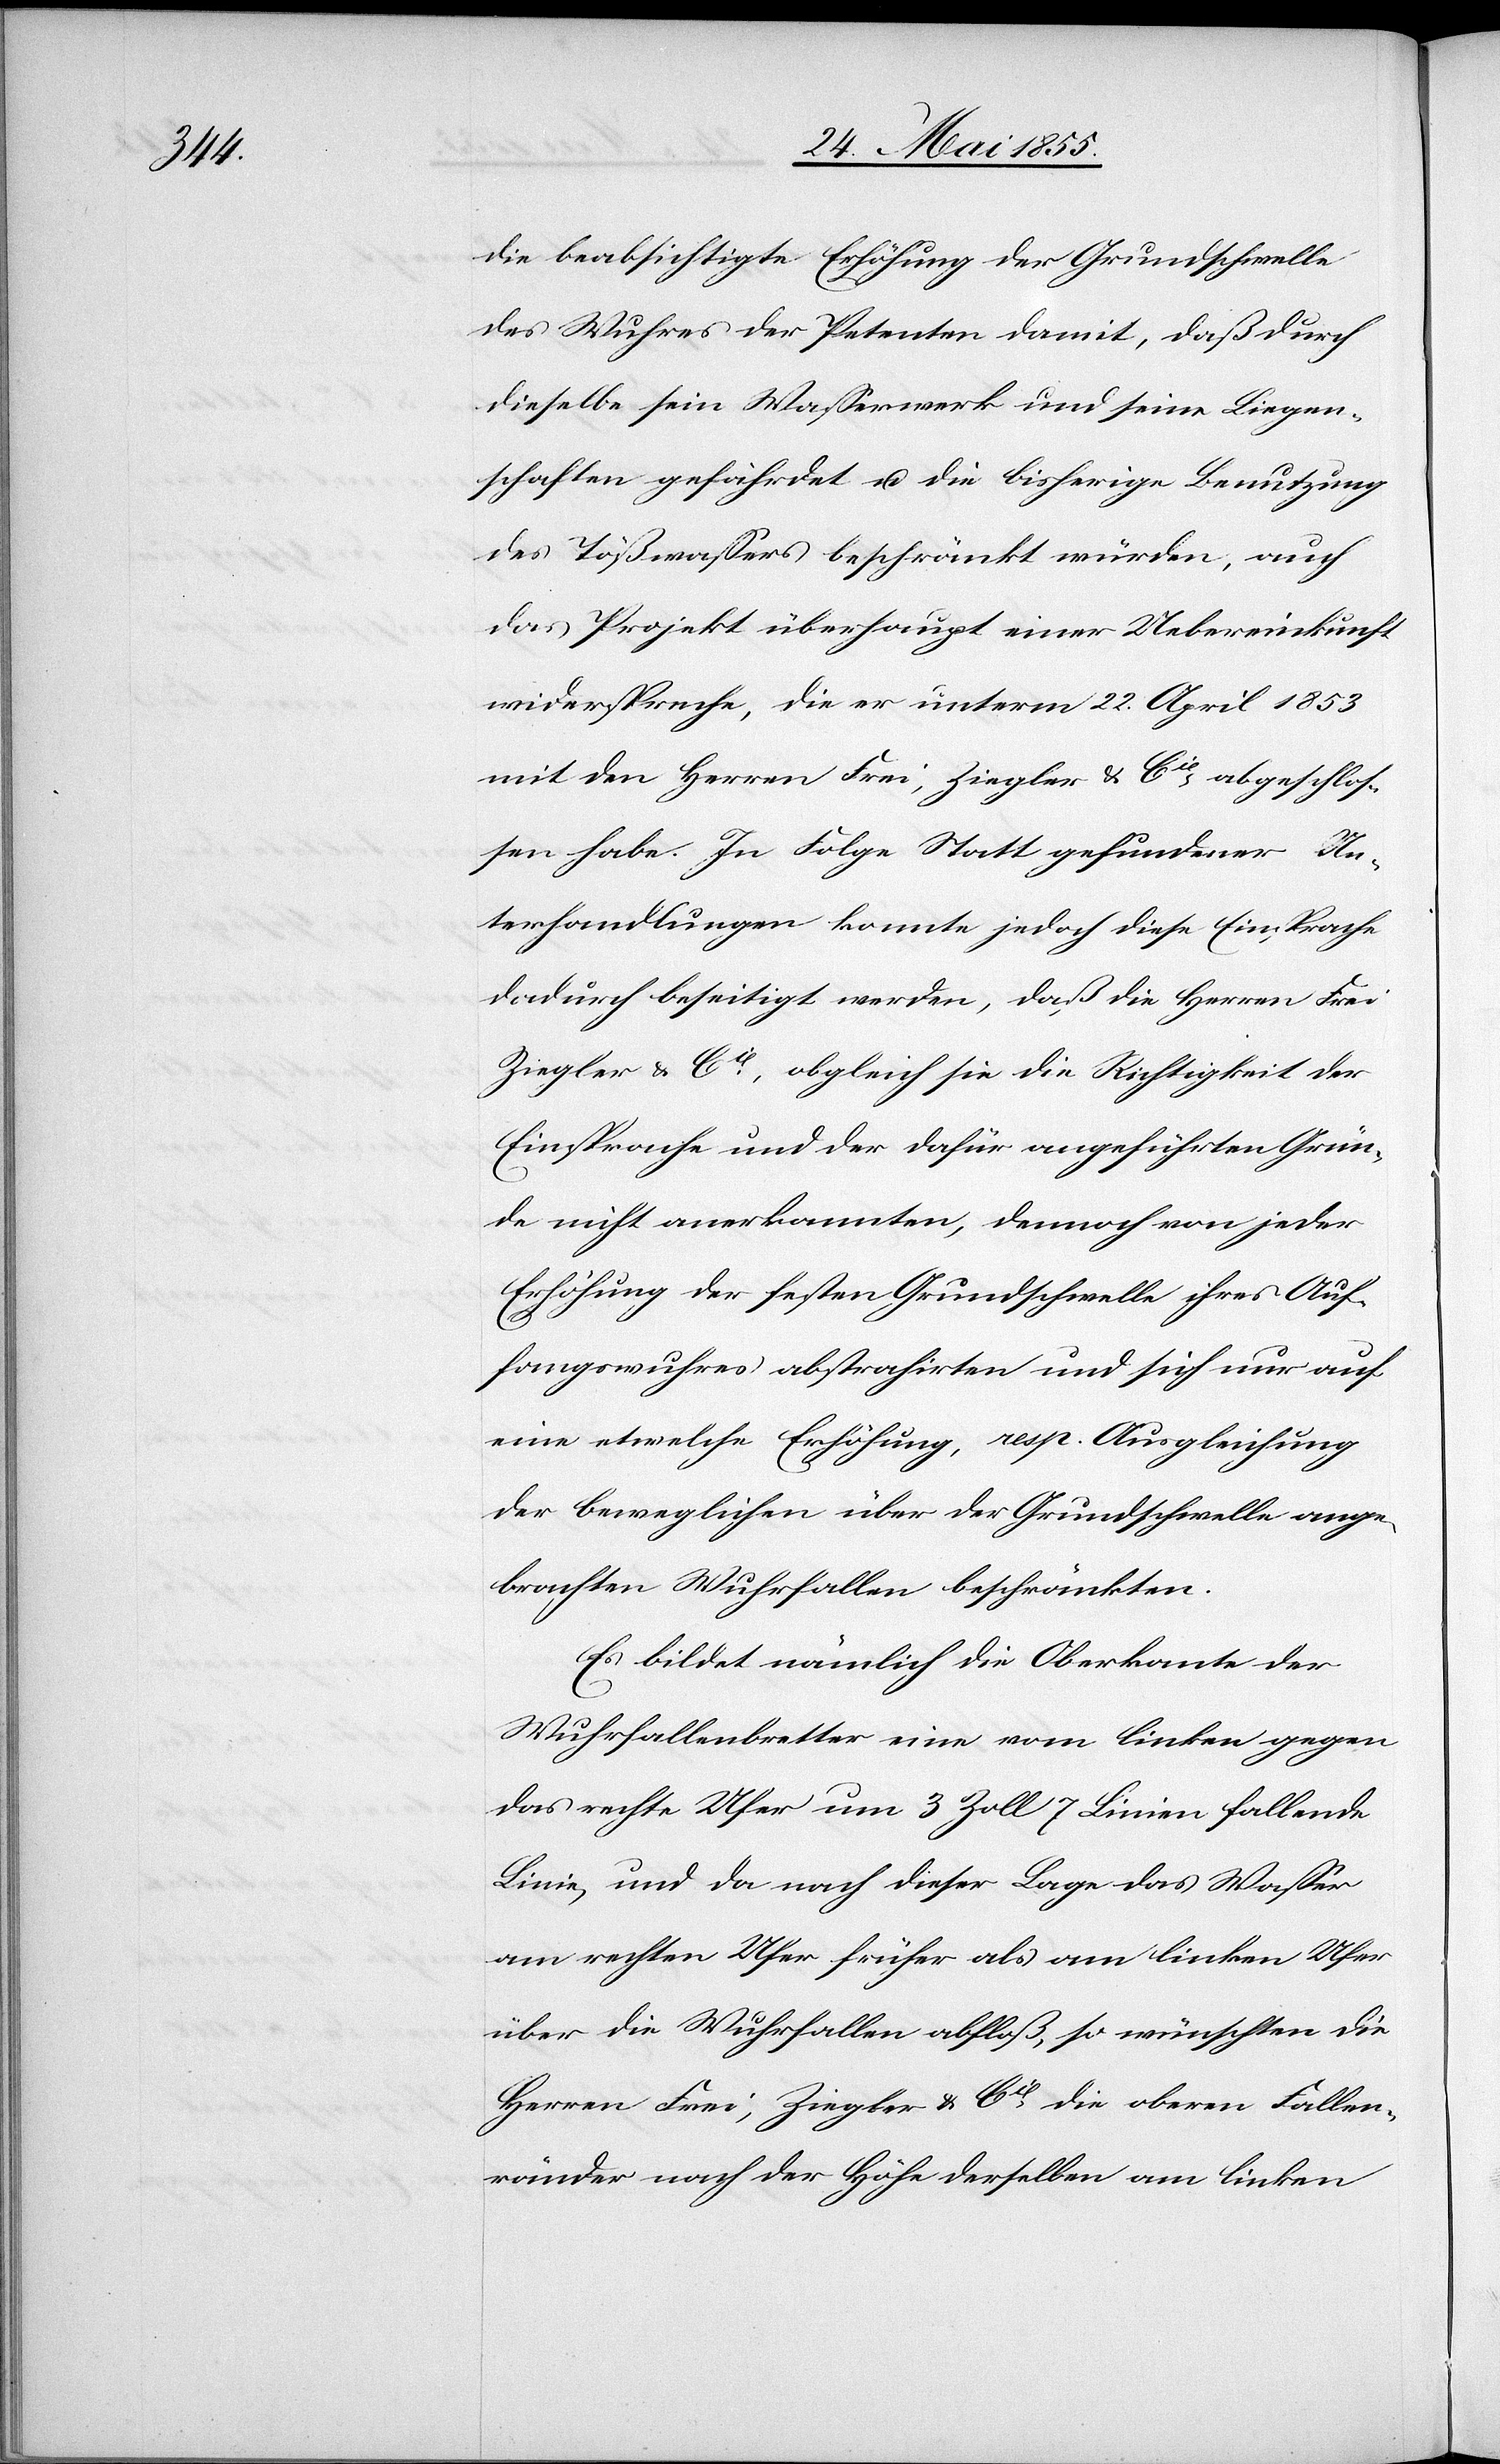
die beabsichtigte Erhöhung der Grundschwelle
des Wuhres der Petenten damit, daß durch
dieselbe sein Wasserwerk und seine Liegen¬
schaften gefährdet u. die bisherige Benutzung
des Tößwassers beschränkt würden, auch
das Projekt überhaupt einer Uebereinkunft
widerspreche, die er unterm 22. April 1853
mit den Herren Frei, Ziegler & Cie abgeschlos¬
sen habe. In Folge Statt gefundener Un¬
terhandlungen konnte jedoch diese Einsprache
dadurch beseitigt werden, daß die Herren Frei
Ziegler & Cie, obgleich sie die Richtigkeit der
Einsprache und der dafür angeführten Grün¬
de nicht anerkannten, dennoch von jeder
Erhöhung der festen Grundschwelle ihres Auf¬
fangswuhres abstrahirten und sich nur auf
eine etwelche Erhöhung, resp. Ausgleichung
der beweglichen über der Grundschwelle ange¬
brachten Wuhrfallen beschränkten.
Es bildet nämlich die Oberkante der
Wuhrfallenbretter eine vom linken gegen
das rechte Ufer um 3 Zoll 7 Linien fallende
Linie, und da nach dieser Lage das Wasser
am rechten Ufer früher als am linken Ufer
über die Wuhrfallen abfloß, so wünschten die
Herren Frei, Ziegler & Cie die oberen Fallen¬
ränder nach der Höhe derselben am linken